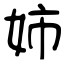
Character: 姉